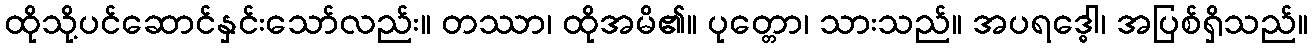
ထိုသို့ပင်ဆောင်နှင်းသော်လည်း။ တဿာ၊ ထိုအမိ၏။ ပုတ္တော၊ သားသည်။ အပရဒ္ဓေါ၊ အပြစ်ရှိသည်။